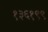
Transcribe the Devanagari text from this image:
१३६१९९